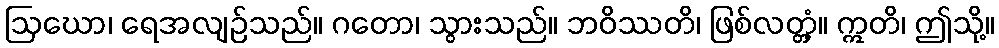
ဩဃော၊ ရေအလျဉ်သည်။ ဂတော၊ သွားသည်။ ဘဝိဿတိ၊ ဖြစ်လတ္တံ့။ ဣတိ၊ ဤသို့။